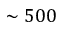
\sim 5 0 0